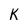
Character: K